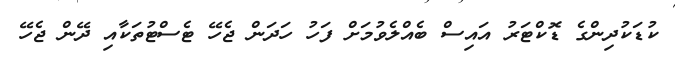
ކުޑަކުދިންގެ ޑޮކްޓަރު އައިސް ބެއްލެވުމަށް ފަހު ހަދަން ޖެހޭ ޓެސްޓުތަކާއި ދޭން ޖެހޭ